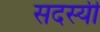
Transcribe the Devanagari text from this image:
सदस्यी